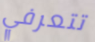
تتعرفي